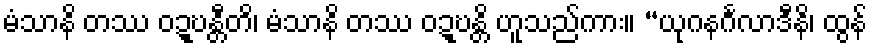
မံသာနိ တဿ ဝဍ္ဎန္တီတိ၊ မံသာနိ တဿ ဝဍ္ဎန္တိ ဟူသည်ကား။ “ယုဂနင်္ဂလာဒီနိ၊ ထွန်